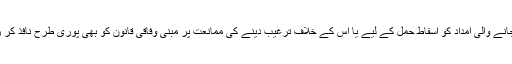
ہم امریکی مالی وسائل بشمول بیرون ملک دی جانے والی امداد کو اسقاط حمل کے لیے یا اس کے خلاف ترغیب دینے کی ممانعت پر مبنی وفاقی قانون کو بھی پوری طرح نافذ کر رہے ہیں جسے سلجنڈر ترمیم بھی کہا جاتا ہے۔